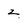
Character: z